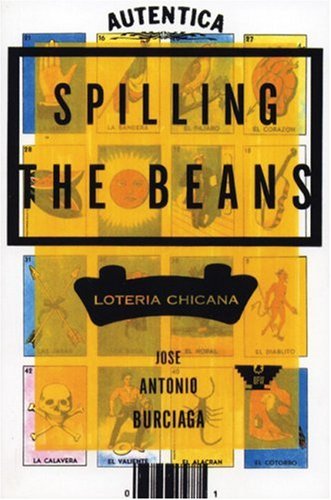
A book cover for Spilling the Beans: Loteria Chicana; JosÃ© Antonio Burciaga; Literature & Fiction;